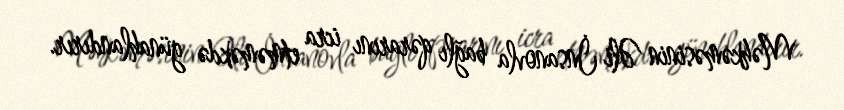
Məhkəməsinin Əli İnsanovla bağlı qərarını icra etməməkdə günahlandırır.